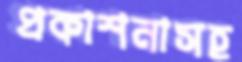
প্রকাশনাসহ